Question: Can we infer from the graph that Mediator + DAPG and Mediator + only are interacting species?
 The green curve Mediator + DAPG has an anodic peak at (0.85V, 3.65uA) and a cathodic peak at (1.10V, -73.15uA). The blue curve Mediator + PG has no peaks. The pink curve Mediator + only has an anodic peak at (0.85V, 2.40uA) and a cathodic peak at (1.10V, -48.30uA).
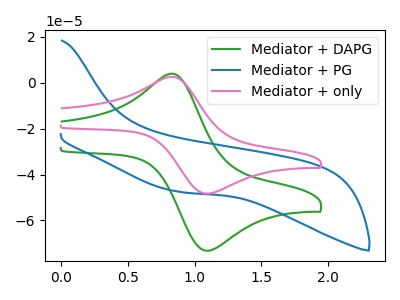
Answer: <think>All the peaks in "Mediator + DAPG" have a peak in "Mediator + only" at the same potential. Every peak in "Mediator + DAPG" is higher than every peak in "Mediator + only".
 </think>
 <answer>No, "Mediator + DAPG" and "Mediator + only" don't appear to be significantly different in shape</answer>
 <eval>no_change</eval>